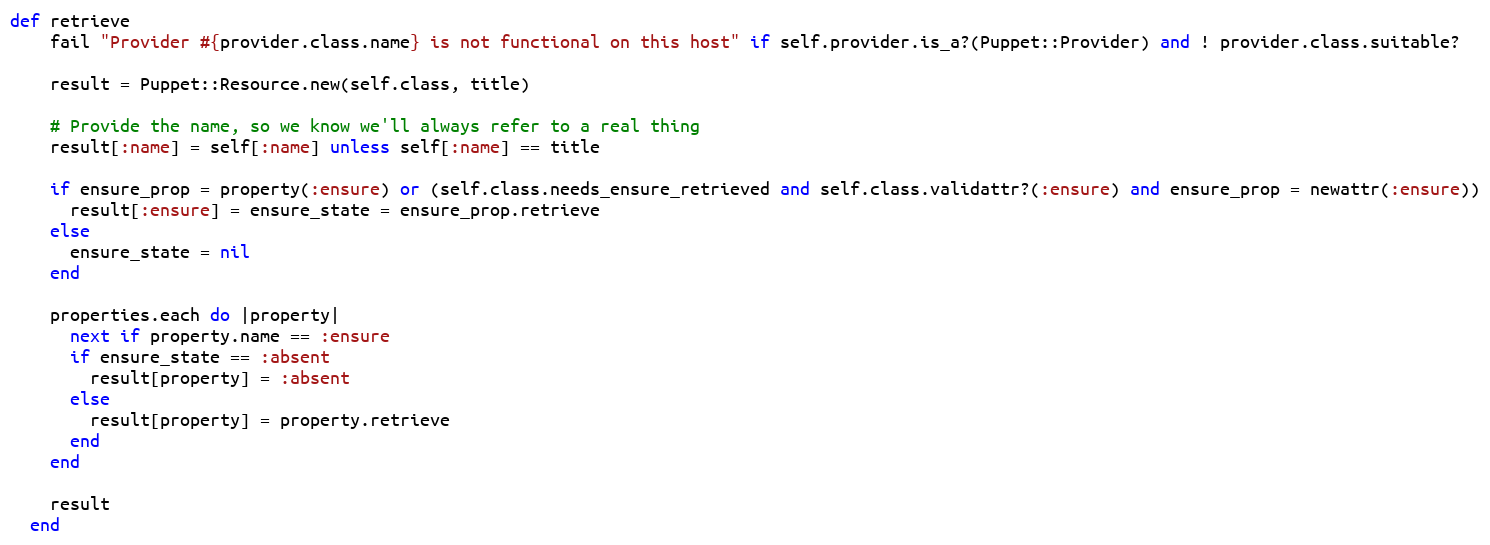
Language: Ruby
def retrieve
    fail "Provider #{provider.class.name} is not functional on this host" if self.provider.is_a?(Puppet::Provider) and ! provider.class.suitable?

    result = Puppet::Resource.new(self.class, title)

    # Provide the name, so we know we'll always refer to a real thing
    result[:name] = self[:name] unless self[:name] == title

    if ensure_prop = property(:ensure) or (self.class.needs_ensure_retrieved and self.class.validattr?(:ensure) and ensure_prop = newattr(:ensure))
      result[:ensure] = ensure_state = ensure_prop.retrieve
    else
      ensure_state = nil
    end

    properties.each do |property|
      next if property.name == :ensure
      if ensure_state == :absent
        result[property] = :absent
      else
        result[property] = property.retrieve
      end
    end

    result
  end